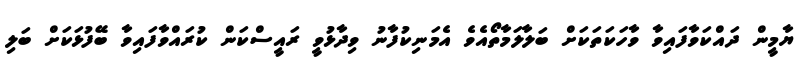
ޔާމީން ދައްކަވާފައިވާ ވާހަކަތަކަށް ބަލާލަމާތޯއެވެ އެމަނިކުފާނު ވިދާޅުވީ ރައީސްކަން ކުރައްވާފައިވާ ބޭފުޅަކަށް ބަލި